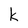
Character: k